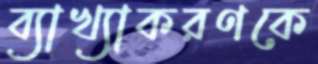
ব্যাখ্যাকরণকে